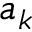
a _ { k }